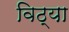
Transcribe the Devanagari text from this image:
विठ्या